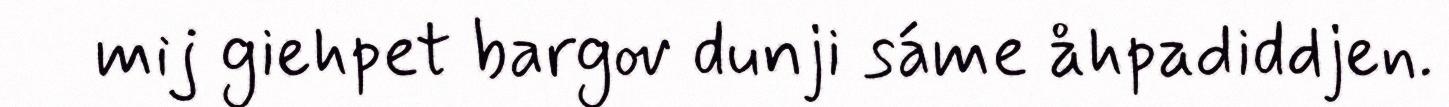
mij giehpet bargov dunji sáme åhpadiddjen.